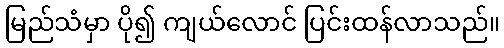
မြည်သံမှာ ပို၍ ကျယ်လောင် ပြင်းထန်လာသည်။